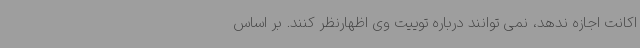
اکانت اجازه ندهد، نمی توانند درباره توییت وی اظهارنظر کنند. بر اساس